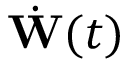
\dot { \mathbf { W } } ( t )